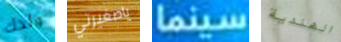
ولدك ياصغيرتي سينما الهندية